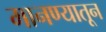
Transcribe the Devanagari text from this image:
मानण्यातून